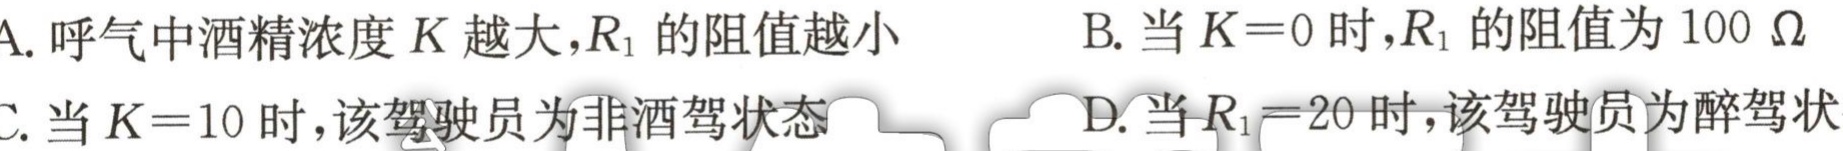
A. 呼气中酒精浓度\(K\)越大，\(R_{1}\)的阻值越小

B. 当\(K = 0\)时，\(R_{1}\)的阻值为\(100\ \Omega\)

C. 当\(K = 10\)时，该驾驶员为非酒驾状态

D. 当\(R_{1}=20\)时，该驾驶员为醉驾状